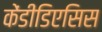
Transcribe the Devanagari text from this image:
केंडीडिएसिस